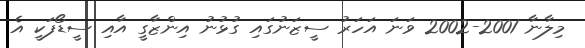
މިލާނާ 2001-2002 ވަނަ އަހަރު ސީޒަނުގައި ގުޅުނު އިންޒާގީ އާއި ސީޑޯފަކީ އެ